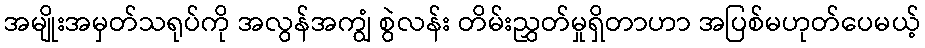
အမျိုးအမှတ်သရုပ်ကို အလွန်အကျွံ စွဲလန်း တိမ်းညွှတ်မှုရှိတာဟာ အပြစ်မဟုတ်ပေမယ့်